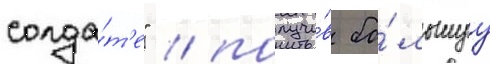
солда́т'е" / получи́в бо́льшуу